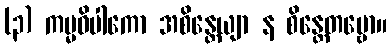
(၃) ကမ္မဝိပါကော အစိန္တေယျာ န စိန္တေတဗ္ဗော။